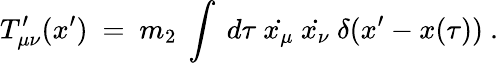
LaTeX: T_{\mu\nu}^{\prime}(x^{\prime})~=~m_{2}~\int~d\tau~\dot{x_{\mu}}~\dot{x_{\nu}}~\delta(x^{\prime}-x(\tau))~.